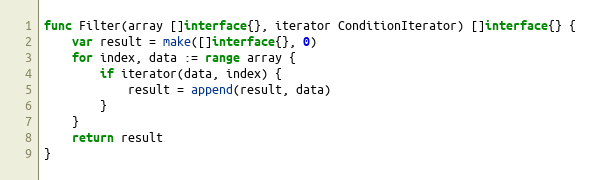
Language: Go
func Filter(array []interface{}, iterator ConditionIterator) []interface{} {
	var result = make([]interface{}, 0)
	for index, data := range array {
		if iterator(data, index) {
			result = append(result, data)
		}
	}
	return result
}